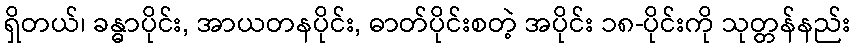
ရှိတယ်၊ ခန္ဓာပိုင်း, အာယတနပိုင်း, ဓာတ်ပိုင်းစတဲ့ အပိုင်း ၁၈-ပိုင်းကို သုတ္တန်နည်း